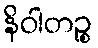
နိဝါတဉ္စ